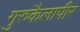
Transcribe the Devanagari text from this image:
गुरुकैलापीर